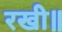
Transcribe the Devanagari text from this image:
रखी॥